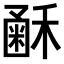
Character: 𥡰